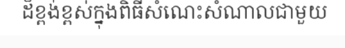
ដ៏ខ្ពង់ខ្ពស់ក្នុងពិធីសំណេះសំណាលជាមួយ